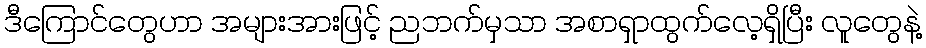
ဒီကြောင်တွေဟာ အများအားဖြင့် ညဘက်မှသာ အစာရှာထွက်လေ့ရှိပြီး လူတွေနဲ့